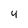
Character: 4